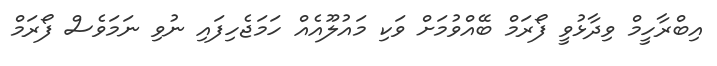
އިބްރާހީމް ވިދާޅުވީ ފޯރަމް ބޭއްވުމަށް ވަކި މައުލޫއެއް ހަމަޖެހިފައި ނުވި ނަމަވެސް ފޯރަމް